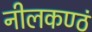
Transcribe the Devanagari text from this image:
नीलकण्ठं